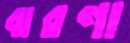
ঝরণা